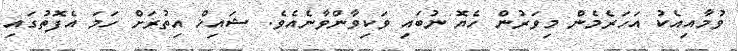
ވުމާއިއެކު އަހަރެމެން މިވަރުން ހެޔޮ ނުބައި ވަކިވާންވާނެއެވެ. ޝައިޚް އިތުރަށް ހަމަ އެފޮތުގައި